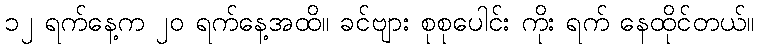
၁၂ ရက်နေ့က ၂၀ ရက်နေ့အထိ။ ခင်ဗျား စုစုပေါင်း ကိုး ရက် နေထိုင်တယ်။